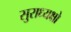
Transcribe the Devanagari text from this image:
सुराध्यक्षो